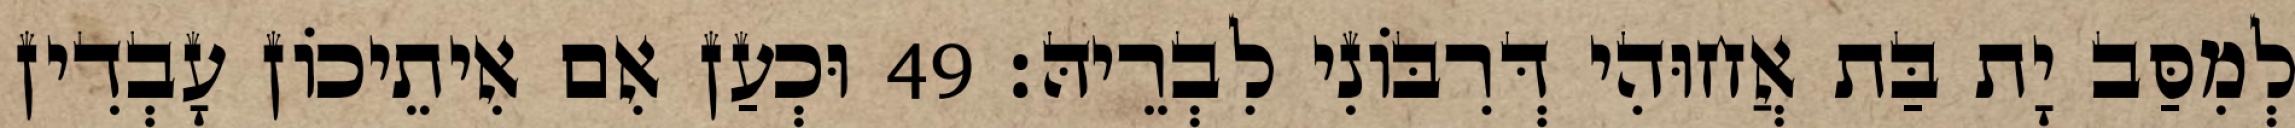
לְמִסַּב יָת בַּת אֲחוּהִי דְּרִבּוֹנִי לִבְרֵיהּ׃ 49 וּכְעַן אִם אִיתֵיכוֹן עָבְדִין